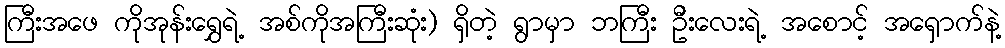
ကြီးအဖေ ကိုအုန်းရွှေရဲ့ အစ်ကိုအကြီးဆုံး) ရှိတဲ့ ရွာမှာ ဘကြီး ဦးလေးရဲ့ အစောင့် အရှောက်နဲ့